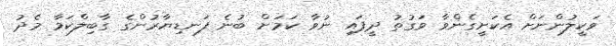
ވަކީލުންނަށް އެކަށީގެންވާ ވަގުތު ދީފައި ނުވާ ކަމަށް ބުނެ ފަނޑިޔާރުންގެ ގާބިލްކަމާ މެދު